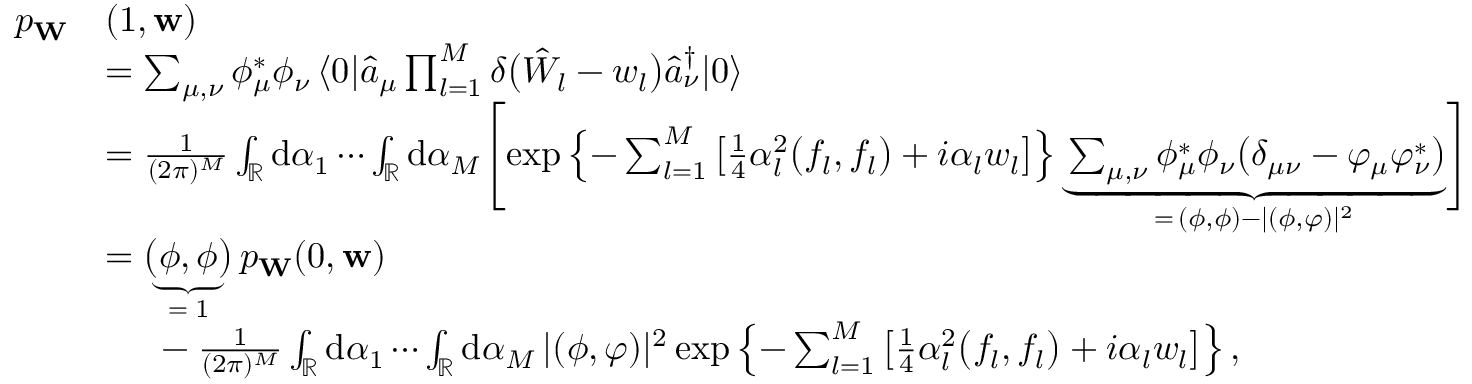
\begin{array} { r l } { p _ { \mathbf { W } } } & { ( 1 , \mathbf { w } ) } \\ & { = \sum _ { \mu , \nu } \phi _ { \mu } ^ { * } \phi _ { \nu } \, \langle 0 | \hat { a } _ { \mu } \prod _ { l = 1 } ^ { M } \delta \bigl ( \hat { W } _ { l } - w _ { l } \bigr ) \hat { a } _ { \nu } ^ { \dagger } | 0 \rangle } \\ & { = \frac { 1 } { ( 2 \pi ) ^ { M } } \int _ { \mathbb { R } } \mathrm { d } \alpha _ { 1 } \cdots \int _ { \mathbb { R } } \mathrm { d } \alpha _ { M } \Biggl [ \exp \left\{ - \sum _ { l = 1 } ^ { M } \left[ \frac { 1 } { 4 } \alpha _ { l } ^ { 2 } \bigl ( f _ { l } , f _ { l } \bigr ) + i \alpha _ { l } w _ { l } \right] \right\} \underbrace { \sum _ { \mu , \nu } \phi _ { \mu } ^ { * } \phi _ { \nu } \bigl ( \delta _ { \mu \nu } - \varphi _ { \mu } \varphi _ { \nu } ^ { * } \bigr ) } _ { = \, ( \phi , \phi ) - | ( \phi , \varphi ) | ^ { 2 } } \Biggr ] } \\ & { = \underbrace { \bigl ( \phi , \phi \bigr ) } _ { = \; 1 } p _ { \mathbf { W } } ( 0 , \mathbf { w } ) } \\ & { \phantom { = . } - \frac { 1 } { ( 2 \pi ) ^ { M } } \int _ { \mathbb { R } } \mathrm { d } \alpha _ { 1 } \cdots \int _ { \mathbb { R } } \mathrm { d } \alpha _ { M } \, | ( \phi , \varphi ) | ^ { 2 } \exp \left\{ - \sum _ { l = 1 } ^ { M } \left[ \frac { 1 } { 4 } \alpha _ { l } ^ { 2 } \bigl ( f _ { l } , f _ { l } \bigr ) + i \alpha _ { l } w _ { l } \right] \right\} , } \end{array}